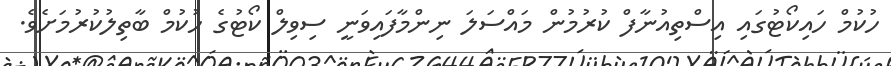
ހުކުމް ހައިކޯޓުގައި އިސްތިއުނާފް ކުރުމުން މައްސަލަ ނިންމާފައިވަނީ ސިވިލް ކޯޓުގެ ހުކުމް ބާތިލުކުރުމަށެވެ.